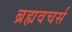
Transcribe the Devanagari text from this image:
ब्रह्मवचर्स